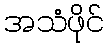
အသံဖိုင်